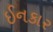
ઈનકાર